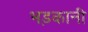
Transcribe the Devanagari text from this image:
भड़कानी